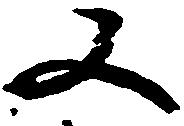
又